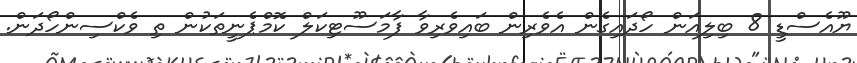
ޔޫއެސްޑީ 8 ބިލިއަން ހޯދައިގެން އެވެރިން ބައިވެރިވާ ފާމަސޫޓިކަލް ކޮމްޕެނީތަކުން ތި ވެކްސިންހޯދަން.